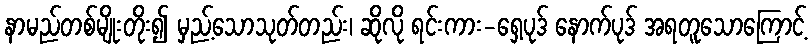
နာမည်တစ်မျိုးတိုး၍ မှည့်သောသုတ်တည်း၊ ဆိုလို ရင်းကား-ရှေ့ပုဒ် နောက်ပုဒ် အရတူသောကြောင့်